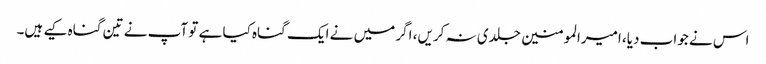
اس نے جواب دیا، امیرالمومنین جلدی نہ کریں، اگر میں نے ایک گناہ کیا ہے تو آپ نے تین گناہ کیے ہیں۔